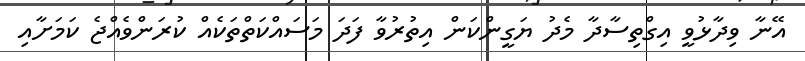
އޭނާ ވިދާޅުވީ އިގްތިސާދާ މެދު ޔަގީންކަން އިތުރުވާ ފަދަ މަސައްކަތްތަކެއް ކުރަންވެއްޖެ ކަމަށާއި